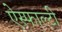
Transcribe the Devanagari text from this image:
ऐस्फाल्टी